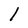
Character: 1